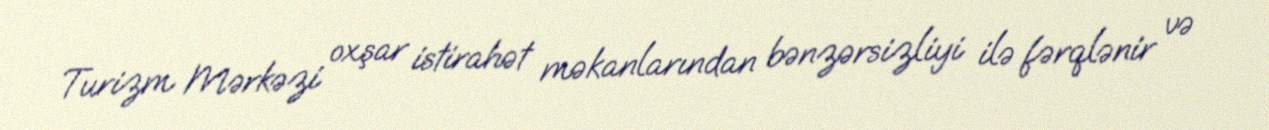
Turizm Mərkəzi oxşar istirahət məkanlarından bənzərsizliyi ilə fərqlənir və